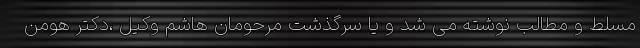
مسلط و مطالب نوشته می شد و یا سرگذشت مرحومان هاشم وکیل ،دکتر هومن